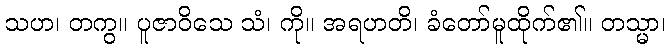
သဟ၊ တကွ။ ပူဇာဝိသေ သံ၊ ကို။ အရဟတိ၊ ခံတော်မူထိုက်၏။ တသ္မာ၊